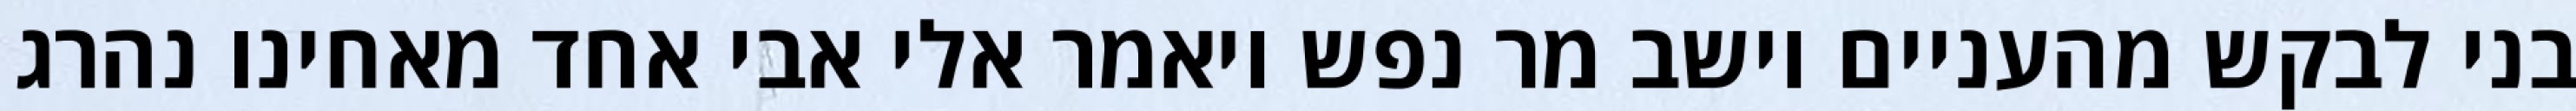
בני לבקש מהעניים וישב מר נפש ויאמר אלי אבי אחד מאחינו נהרג